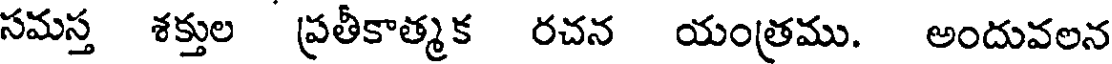
సమస్త శక్తుల ప్రతీకాత్మక రచన యంత్రము. అందువలన